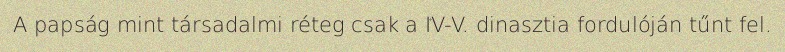
A papság mint társadalmi réteg csak a IV-V. dinasztia fordulóján tűnt fel.